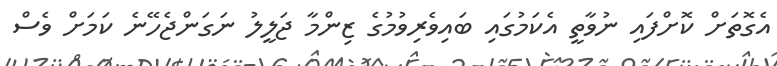
އެގޮތަށް ކޮށްފައި ނުވާތީ އެކަމުގައި ބައިވެރިވުމުގެ ޒިންމާ ޖަލީލު ނަގަންޖެހޭނެ ކަމަށް ވެސް